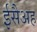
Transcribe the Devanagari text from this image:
ईसैअह